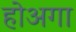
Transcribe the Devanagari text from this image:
होअगा